Indian journal of veterinary science and animal husbandry - Volume 13,
Year: 1943
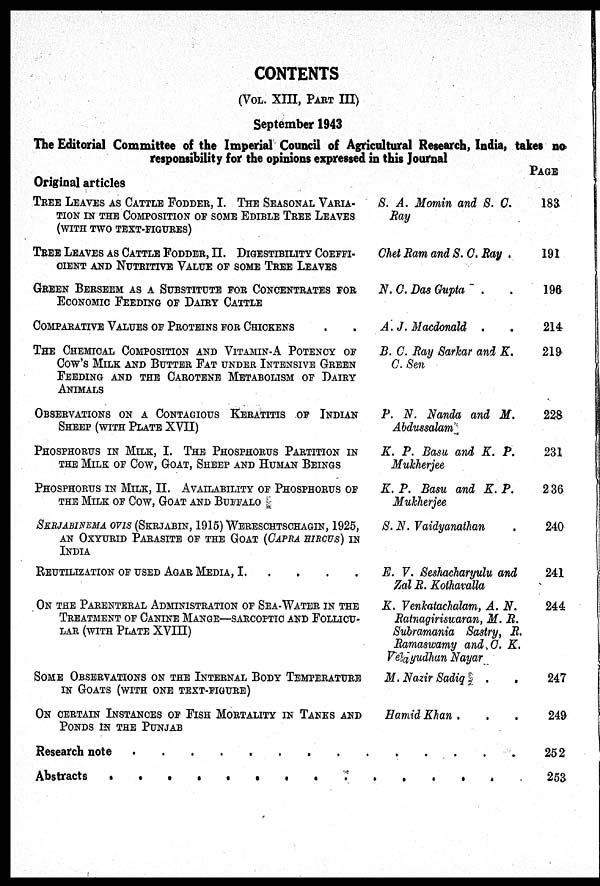
CONTENTS
(VOL. XIII, PART III)
September 1943
The Editorial Committee of the Imperial Council of Agricultural Research, India, takes no
responsibility for the opinions expressed in this Journal
Original articles
TREE LEAVES AS CATTLE FODDER, I. THE SEASONAL VARIA-
TION IN THE COMPOSITION OF SOME EDIBLE TREE LEAVES
(WITH TWO TEXT-FIGURES)
TREE LEAVES AS CATTLE FODDER, II. DIGESTIBILITY COEFFI-
CIENT AND NUTRITIVE VALUE OF SOME TREE LEAVES
GREEN BERSEEM AS A SUBSTITUTE FOR CONCENTRATES FOR
ECONOMIC FEEDING OF DAIRY CATTLE
COMPARATIVE VALUES OF PROTEINS FOR CHICKENS
THE CHEMICAL COMPOSITION AND VITAMIN-A POTENCY OF
Cow's MILK AND BUTTER FAT UNDER INTENSIVE GREEN
FEEDING AND THE CAROTENE METABOLISM OF DAIRY
ANIMALS
OBSERVATIONS ON A CONTAGIOUS KERATITIS OF INDIAN
SHEEP (WITH PLATE XVII)
PHOSPHORUS IN MILK, AND THE PHOSPHORUS PORTION IN
THE MILK OF COW, GOAT, SHEEP AND HUMAN BEINGS
PHOSPHORUS IN MILK, II. AVAILABILITY OF PHOSPHORUS OF
THE MILK OF COW, GOAT AND BUFFALO
SKRJABINEMA OVIS (SKRJABIN, 1915) WERESCHTSCHAGIN, 1925,
AN OXYURID PARASITE OF THE GOAT (CAPRA HIRCUS) IN
INDIA
REUTILIZATION OF USED AGAR MEDIA, I
ON THE PARENTERAL ADMINISTRATION OF SEA-WATER IN THE
TREATMENT OF CANINE MANGE—SARCOPTIC AND FOLLICU-
LAR (WITH PLATE XVIII)
SOME OBSERVATIONS ON THE INTERNAL BODY TEMPERATURE
IN GOATS (WITH ONE TEXT-FIGURE)
ON CERTAIN INSTANCES OF FISH MORTALITY IN TANKS AND
PONDS IN THE PUNJAB
S. A. Momin and S. C.
Ray
Chet Ram and S. C. Ray .
N. C. Das Gupta . .
A. J. Macdonald . .
B. C. Ray Sarkar and K.
C. Sen
P. N. Nanda and M.
Abdussalam
K.P. Basu and K.P.
Mukherjee
K. P. Basu and K. P.
Mukherjee
S. N. Vaidyanathan .
E. V. Seshacharyulu and
Zal R. Kothavalla
K. Venkatachalam, A. N.
Ratnagiriswaran, M. R.
Subrarnania Sastry, R.
Ramaswamy and C. K.
Velayudhan Nayar
M. Nazir Sadiq
.
.
Hamid Khan . . .
Research note . . . . . . . . . . . . . . .
Abstracts . . . . . . . . . . . . . . .
PAGE
183
191
196
214
219
228
231
236
240
241
244
247
249
252
253